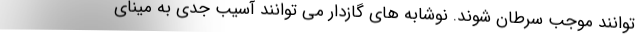
توانند موجب سرطان شوند. نوشابه های گازدار می توانند آسیب جدی به مینای